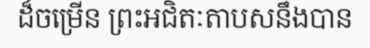
ដ៏ចម្រើន ព្រះអជិតៈតាបសនឹងបាន